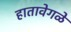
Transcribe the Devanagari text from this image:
हातावेगळे